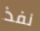
نفذ